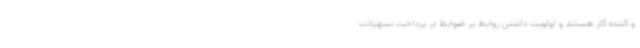
و کننده کار هستند و اولویت داشتن روابط بر ضوابط در پرداخت تسهیلات